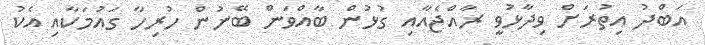
އަބްދު އިތުރަށް ވިދާޅުވީ ރާއްޖެއާއި ގުޅުން ބާއްވަން ބޭނުން ހުރިހާ ގައުމަކާއި އެކު